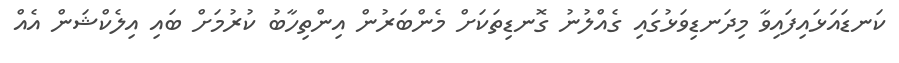
ކަނޑައަޅައިފައިވާ މިދަނޑިވަޅުގައި ގެއްްލުނު ގޮނޑިތަކަށް މެންބަރުން އިންތިހާބު ކުރުމަށް ބައި އިލެކްޝަން އެއް